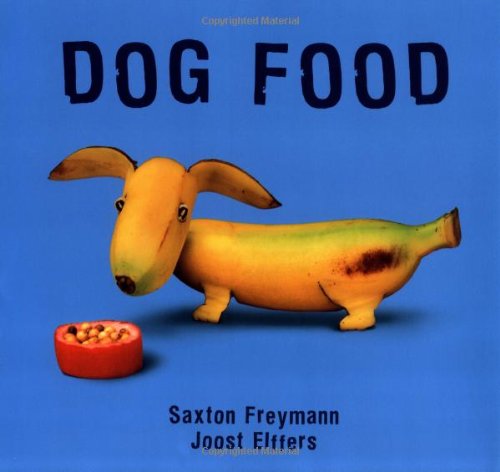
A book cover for Dog Food (New York Times Best Illustrated Books (Awards)); Joost Elffers; Children's Books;